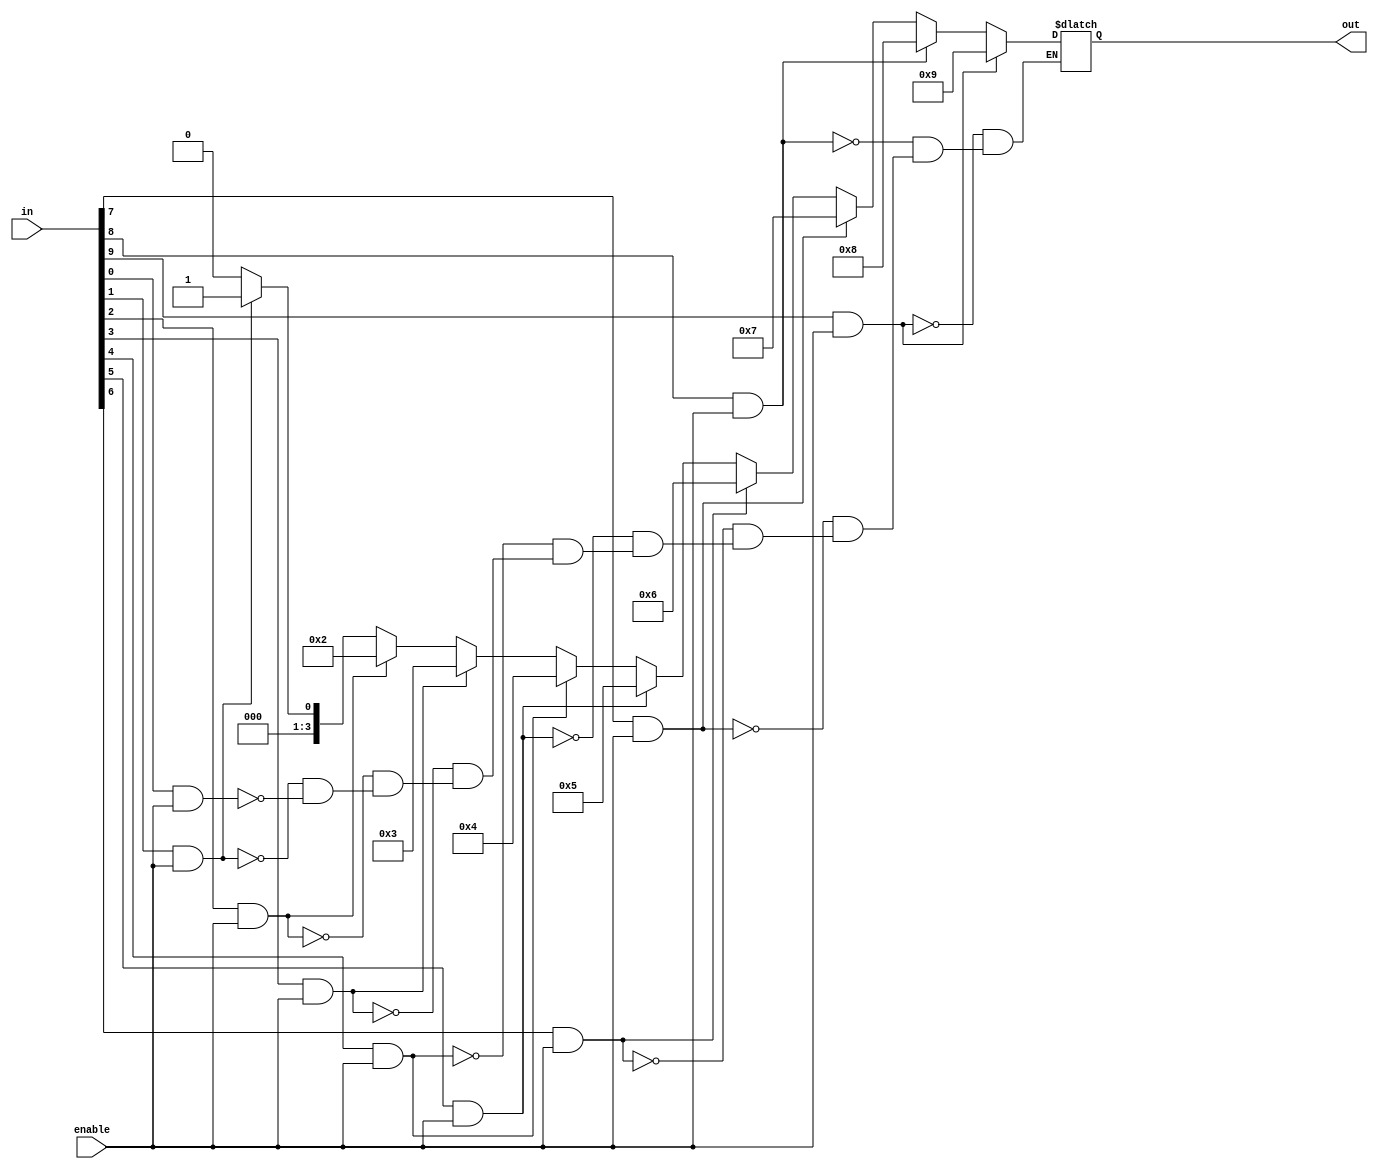
module bcdencoder (out, in, enable);
input [9:0] in;
output reg [3:0] out;
input enable;
integer i;

always@(*)
  begin
    for(i=0; i < 10; i = i+1)
      begin
        if(in[i] & enable)
          out = i;
      end
  end


endmodule